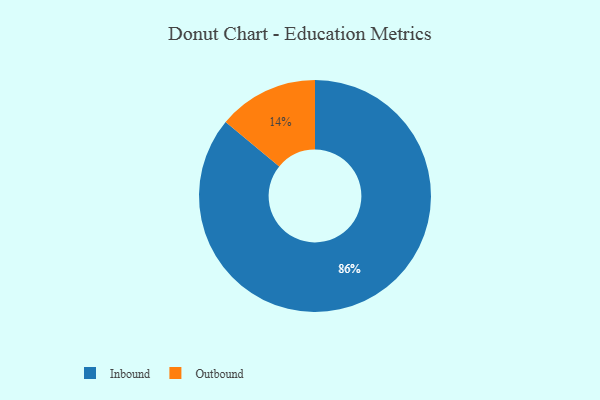
{"axis": {"x": "Category", "y": "Percentage"}, "legend": ["Inbound", "Outbound"], "data": [{"x": "Outbound", "y": 14, "type": "Outbound"}, {"x": "Inbound", "y": 86, "type": "Inbound"}]}